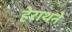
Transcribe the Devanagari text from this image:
हेराथने